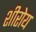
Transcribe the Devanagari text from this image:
शीरोय